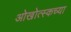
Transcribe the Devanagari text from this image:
ओखोत्स्कच्या